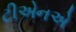
ટીએનએ